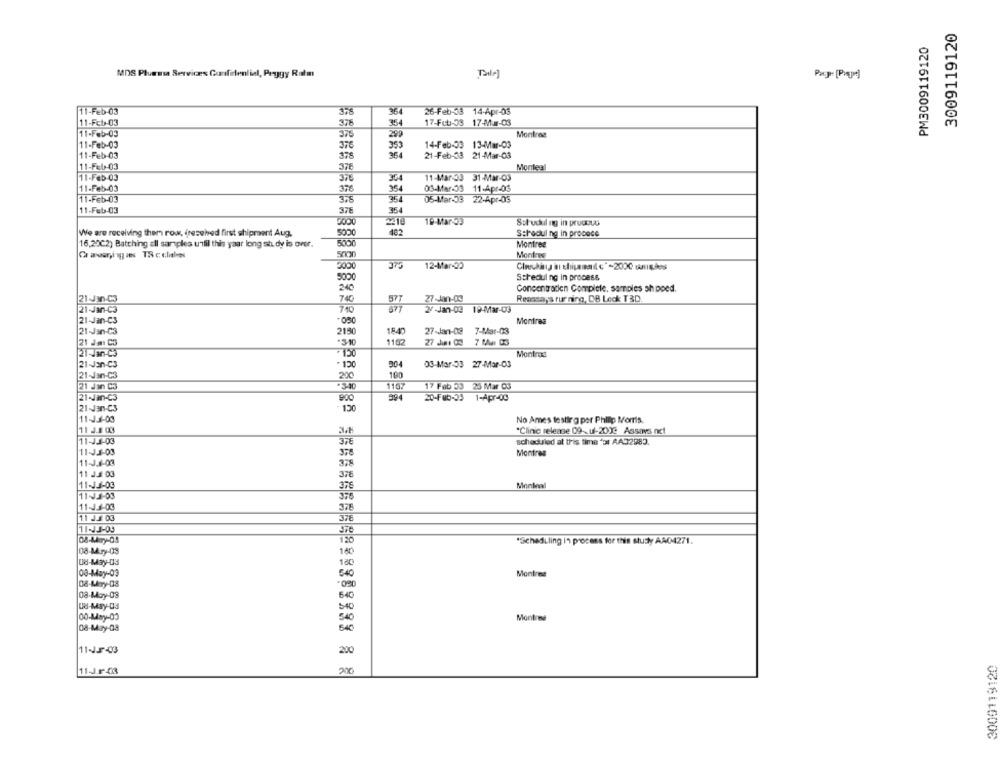
3009119120
PM3009119120
MDS Pluessa Serviræs Confidential, Peggy Ratm
11-Feb-03
364
26-Feb-33 14-Apr-03
11-Fcb-03
17-Fub-33 17-Mar-03
354
11-Feb-03
375
Montres
11-Feb-03
376
14-Feb-33 13-Mar-03
11-Feb-03
378
21-Feb-33 21-Mar-03
11-Feb-03
376
Monteal
11-Feb-03
378
354
11-Mar-33 31-Mar-03
11-Feb-03
376
354
08-Mar-33 11-Apr-05
11-Feb-03
05-Mar-33 22-Apr-03
375
364
11-Feb-03
378
354
Saludul ng in prudous
We are receiving them row, freselved first shipment Aug.
5000
482
S:Podul ng in precoce
16,2002) Batching all samples unlil this yaar long study is over.
5000
Montree
Montres
3000
375
12-Mar-30
5000
Scheduling in process
240
Concentratien Complete, samples sh poed.
74
577
Reessays rur ning, DB Leck T3D
21-Jan-C3
27-Jan-09
21-Jan-C3
677
27-Jan-03 19-Mar-03
21-Jan-Cs
Montras
21-Jan-C3
2150
1840
27-Jan-08 7-Mar-03
21 Ja C3
1182
21-Jan-C3
Montraa
21-Jan-C3
-130
08-Mar-33 27-Mar-03
200
100
21-Jan-C3
21 Jan C3
*340
1157
17 Feb 33 25 Mar 03
994
21-Jan-C3
900
20-Feb-33 1-Apr-00
21-Jan-C3
11-J.3-03
No Ames testirg per Philip Morris.
34
*Clinic release 09- ul-2010 Assays nct
11-JJ-03
378
scheduled at this time ">1 AA32983.
11-J.3-03
378
Montres
11-J.1-03
11 J.3 03
37€
11-13-03
37
Monteal
11-J3-03
376
11-43-03
378
11 J.J 03
376
11-13-03
120
"Scheduling in process for this study AA04271.
08-Mary-03
08-May-03
180
08-May-03
540
Montres
08-Mary-08
-090
08-May-08
640
08-May-03
540
00-May-03
540
Montone
08-May-03
540
200
3009119120
200
11-J F 43